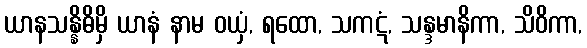
ယာနသန္နိဓိမှိ ယာနံ နာမ ဝယှံ, ရထော, သကဋံ, သန္ဒမာနိကာ, သိဝိကာ,